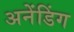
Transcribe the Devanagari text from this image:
अनेंडिंग